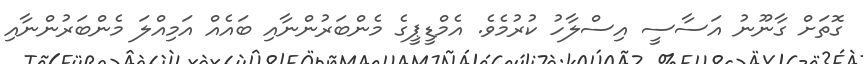
ގޮތަށް ގާނޫނު އަސާސީ އިސްލާހު ކުރުމެވެ. އެމްޑީޕީގެ މެންބަރުންނާއި ބައެއް އަމިއްލަ މެންބަރުންނާއި